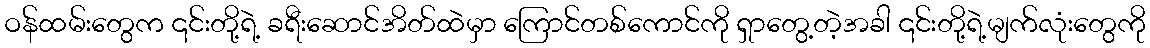
ဝန်ထမ်းတွေက ၎င်းတို့ရဲ့ ခရီးဆောင်အိတ်ထဲမှာ ကြောင်တစ်ကောင်ကို ရှာတွေ့တဲ့အခါ ၎င်းတို့ရဲ့မျက်လုံးတွေကို